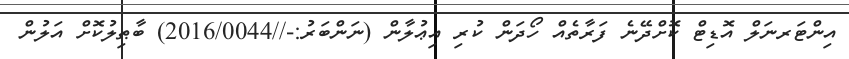
އިންޓަރނަލް އޮޑިޓް ކޮށްދޭނެ ފަރާތެއް ހޯދަން ކުރި އިޢުލާން (ނަންބަރު:-//2016/0044) ބާޠިލުކޮށް އަލުން